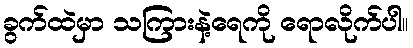
ခွက်ထဲမှာ သကြားနဲ့ရေကို ရောလိုက်ပါ။